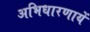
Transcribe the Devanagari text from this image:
अभिधारणायें